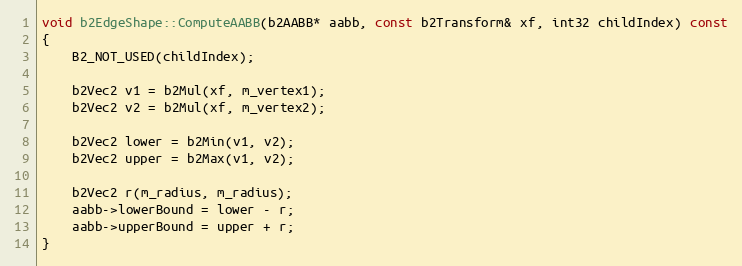
Language: C++
void b2EdgeShape::ComputeAABB(b2AABB* aabb, const b2Transform& xf, int32 childIndex) const
{
	B2_NOT_USED(childIndex);

	b2Vec2 v1 = b2Mul(xf, m_vertex1);
	b2Vec2 v2 = b2Mul(xf, m_vertex2);

	b2Vec2 lower = b2Min(v1, v2);
	b2Vec2 upper = b2Max(v1, v2);

	b2Vec2 r(m_radius, m_radius);
	aabb->lowerBound = lower - r;
	aabb->upperBound = upper + r;
}